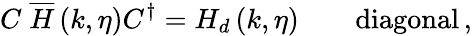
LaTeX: C\; \overline{{{H}}}\left(k,\eta\right)C^{\dagger}=H_{d}\left(k,\eta\right)\qquad\mathrm{diagonal}\, ,